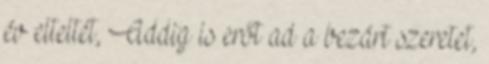
év elteltét, Addig is erőt ad a bezárt szeretet,